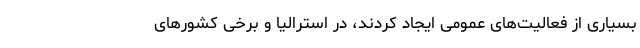
بسیاری از فعالیت‌های عمومی ایجاد کردند، در استرالیا و برخی کشورهای